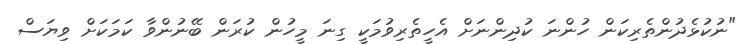
"ނުކުޅެދުންތެރިކަން ހުންނަ ކުދިންނަށް އެހީތެރިވުމަކީ ގިނަ މީހުން ކުރަން ބޭނުންވާ ކަމަކަށް ވިޔަސް